Annual report of the Punjab Veterinary College and of the Civil Veterinary Department, Punjab - 1920-1925
Year: 1920
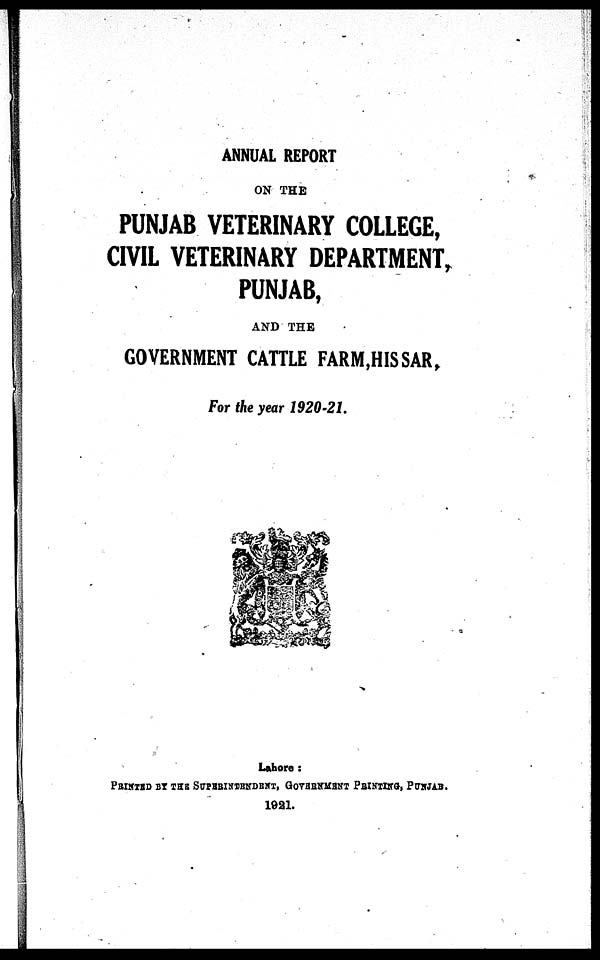
ANNUAL REPORT
ON THE
PUNJAB VETERINARY COLLEGE,
CIVIL VETERINARY DEPARTMENT,
PUNJAB,
AND THE
GOVERNMENT CATTLE FARM,HISSAR,
For the year 1920-21.
Lahore:
PRINTED BY THE SUPERINTENDENT, GOVERNMENT PRINTING, PUNJAB.
1921.